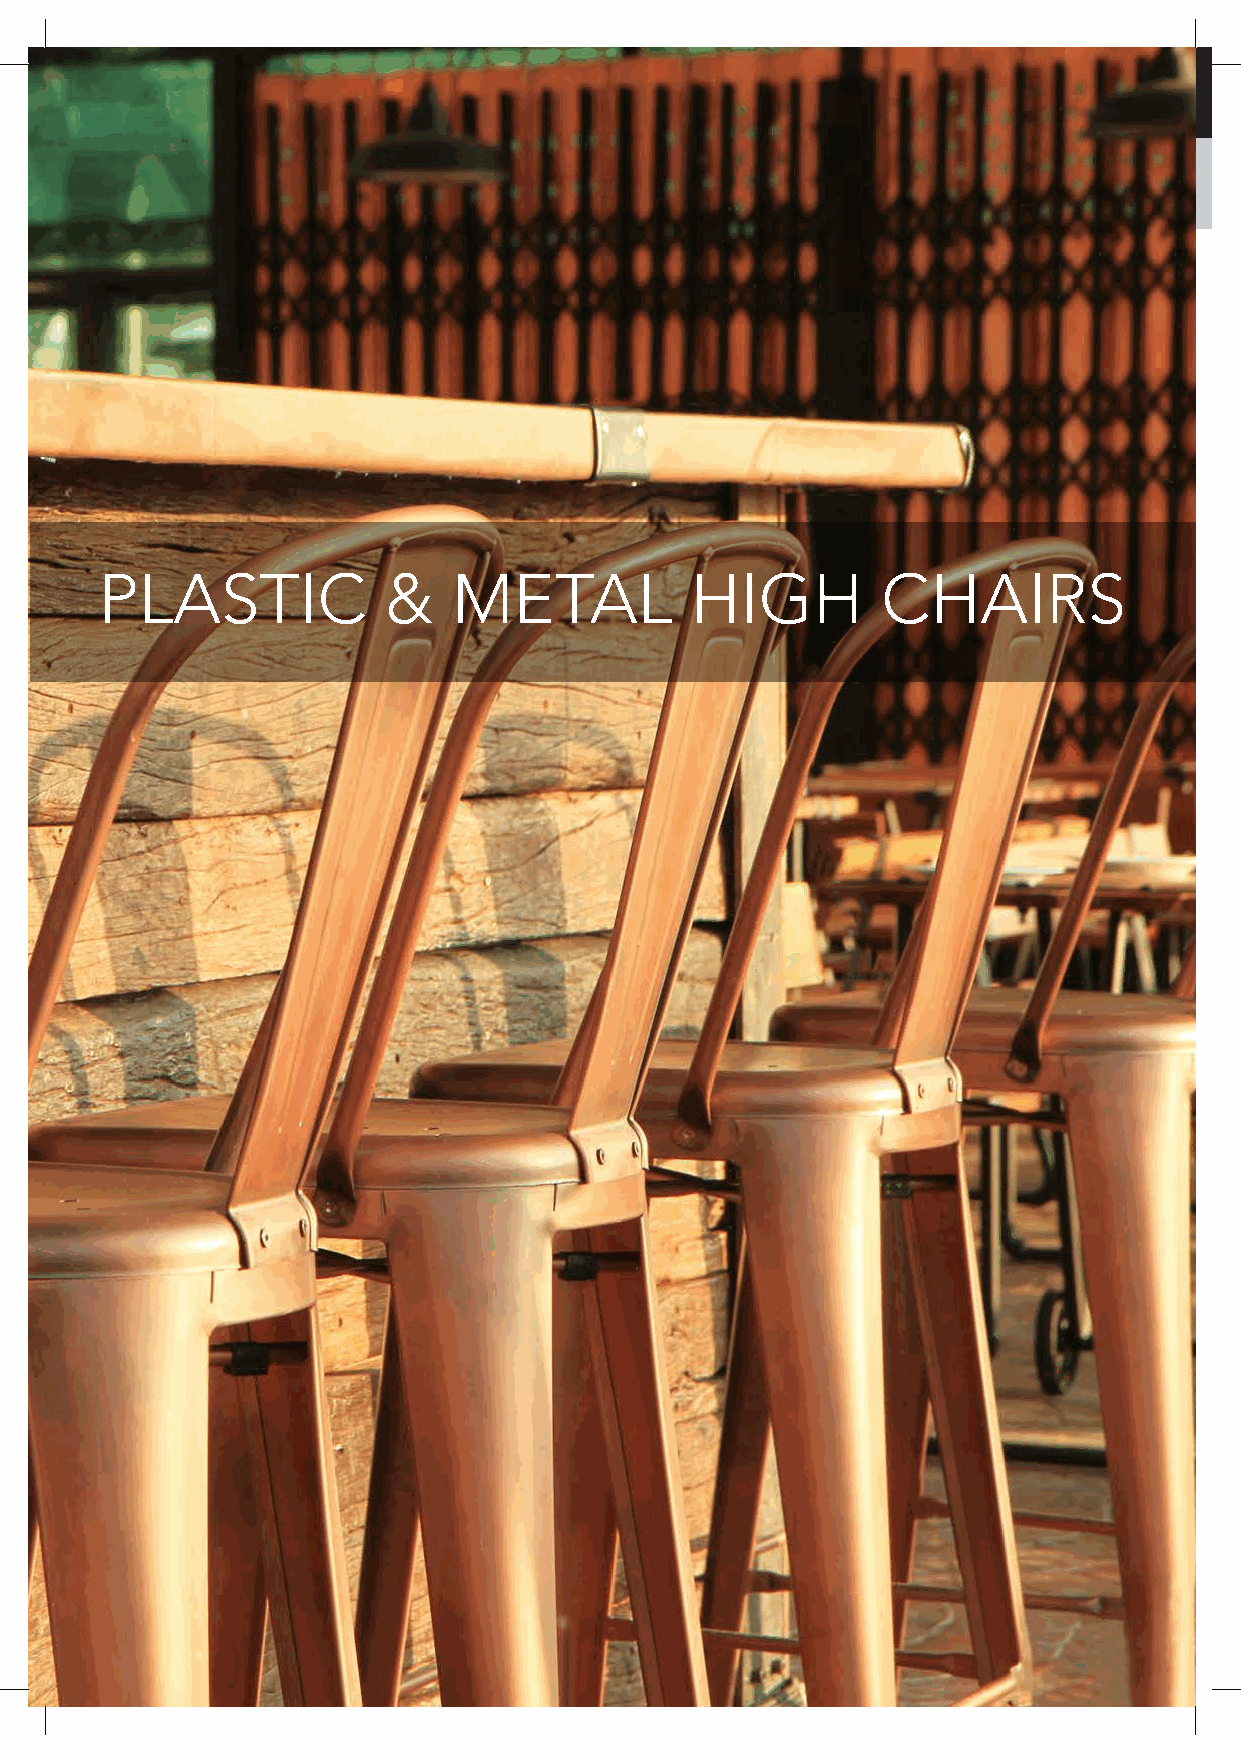
PLASTIC           &    METAL           HIGH        CHAIRS
 122 All items available in a range of colours, including customers own materials. Items also available in frame only.
 SRIAHC
 HGIH
 SLOOTS
 &